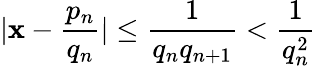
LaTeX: |\mathbf{x}-\frac{{p_{n}}}{{q_{n}}}|\leq\frac{{1}}{{q_{n}q_{n+1}}}<\frac{{1}}{{q_{n}^{2}}}